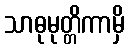
သာဓုမုတ္တိကာမှိ